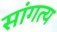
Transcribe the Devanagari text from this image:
सांगत्य